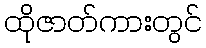
ထိုဇာတ်ကားတွင်